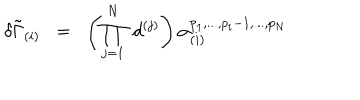
\delta { \tilde { \Gamma } } _ { ( i ) } \; \; = \; \; \left( \prod _ { j = 1 } ^ { N } \; d ^ { ( j ) } \right) \alpha _ { ( i ) } ^ { p _ { 1 } , . . . , p _ { i } - 1 , . . . , p _ { N } }